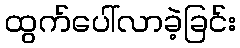
ထွက်ပေါ်လာခဲ့ခြင်း